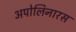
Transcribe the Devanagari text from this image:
अपोलिनारस